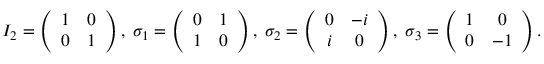
I _ { 2 } = \left( \begin{array} { c c } { { 1 } } & { { 0 } } \\ { { 0 } } & { { 1 } } \end{array} \right) , \; \sigma _ { 1 } = \left( \begin{array} { c c } { { 0 } } & { { 1 } } \\ { { 1 } } & { { 0 } } \end{array} \right) , \; \sigma _ { 2 } = \left( \begin{array} { c c } { { 0 } } & { { - i } } \\ { { i } } & { { 0 } } \end{array} \right) , \; \sigma _ { 3 } = \left( \begin{array} { c c } { { 1 } } & { { 0 } } \\ { { 0 } } & { { - 1 } } \end{array} \right) .